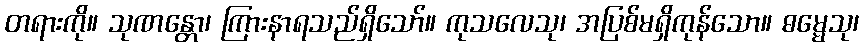
တရားကို။ သုဏန္တော၊ ကြားနာရသည်ရှိသော်။ ကုသလေသု၊ အပြစ်မရှိကုန်သော။ ဓမ္မေသု၊